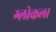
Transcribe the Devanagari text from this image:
ग्लोकला